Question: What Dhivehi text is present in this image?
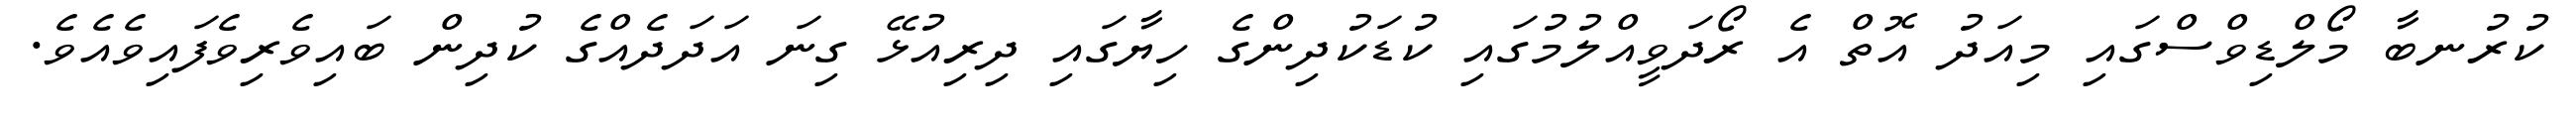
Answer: ކުރުނބާ މޯލްޑިވްސްގައި މިއަދު އޮތް އެ ރޯދަވީއްލުމުގައި ކުޑަކުދިންގެ ހިޔާގައި ދިރިއުޅޭ ގިނަ އަދަދެއްގެ ކުދިން ބައިވެރިވެފައިވެއެވެ.